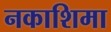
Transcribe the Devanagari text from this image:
नकाशिमा